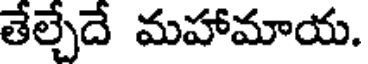
తేల్చేదే మహామాయ.